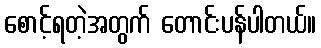
စောင့်ရတဲ့အတွက် တောင်းပန်ပါတယ်။